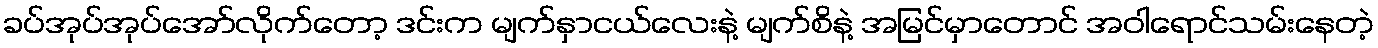
ခပ်အုပ်အုပ်အော်လိုက်တော့ ဒင်းက မျက်နှာငယ်လေးနဲ့ မျက်စိနဲ့ အမြင်မှာတောင် အဝါရောင်သမ်းနေတဲ့